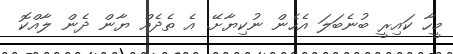
މީހާ ކައިރީ ބުނެބަލަ އެހެން ނުކިޔާށޭ. އެ ތެދެއް ޔާން ދެން ލާއްކޮ